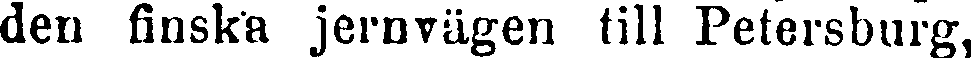
den finska jernvägen till Petersburg,